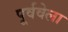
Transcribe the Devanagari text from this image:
पूर्ववेला